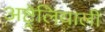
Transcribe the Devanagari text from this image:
अष्ट्रेलियाली